Lunatic asylums Central Provinces reports 1886-1894 - 1886-1894
Year: 1886
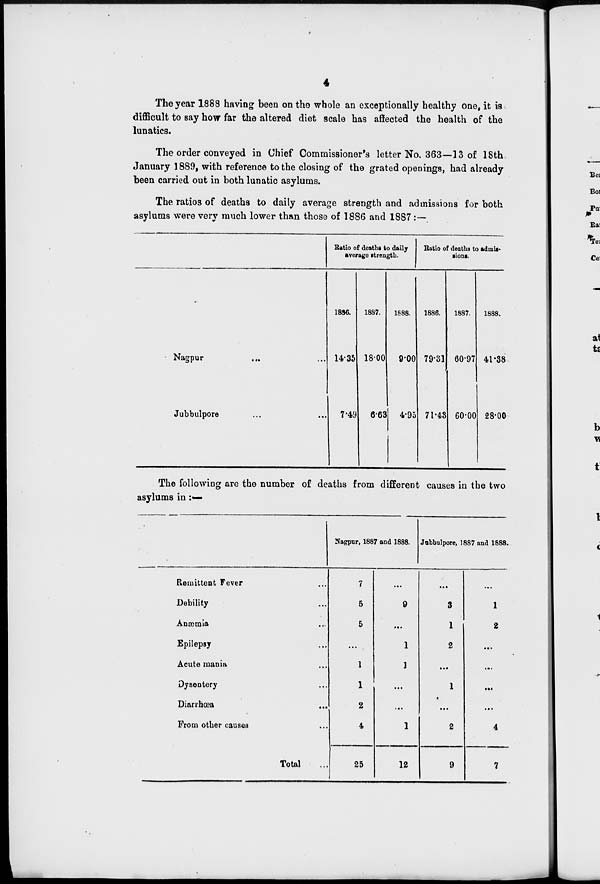
4
The year 1888 having been on the whole an exceptionally healthy one, it is
difficult to say how far the altered diet scale has affected the health of the
lunatics.
The order conveyed in Chief Commissioner's letter No. 363—13 of 18th
January 1889, with reference to the closing of the grated openings, had already
been carried out in both lunatic asylums.
The ratios of deaths to daily average strength and admissions for both
asylums were very much lower than those of 1886 and 1887 :—
Nagpur ... ...
Jubbulpore ... ...
Ratio of deaths to daily
average strength.
1886.
14.35
7.49
1887.
18.00
6.63
1888.
9.00
4.95
Ratio of deaths to admis-
sions.
1886.
79.31
71.43
1887.
60.97
60.00
1888.
41.38
28.00
The following are the number of deaths from different causes in the two
asylums in:—
Remittent Fever ...
Debility ...
Anæmia
...
Epilepsy ...
Acute mania ...
Dysentery ...
Diarrhœa ...
From other causes ...
Total ...
Nagpur, 1887 and 1888.
7
5
5
...
1
1
2
4
25
...
9
...
1
1
...
...
1
12
Jubbulpore, 1887 and 1888.
...
3
1
2
...
1
...
2
9
...
1
2
...
...
...
...
4
7